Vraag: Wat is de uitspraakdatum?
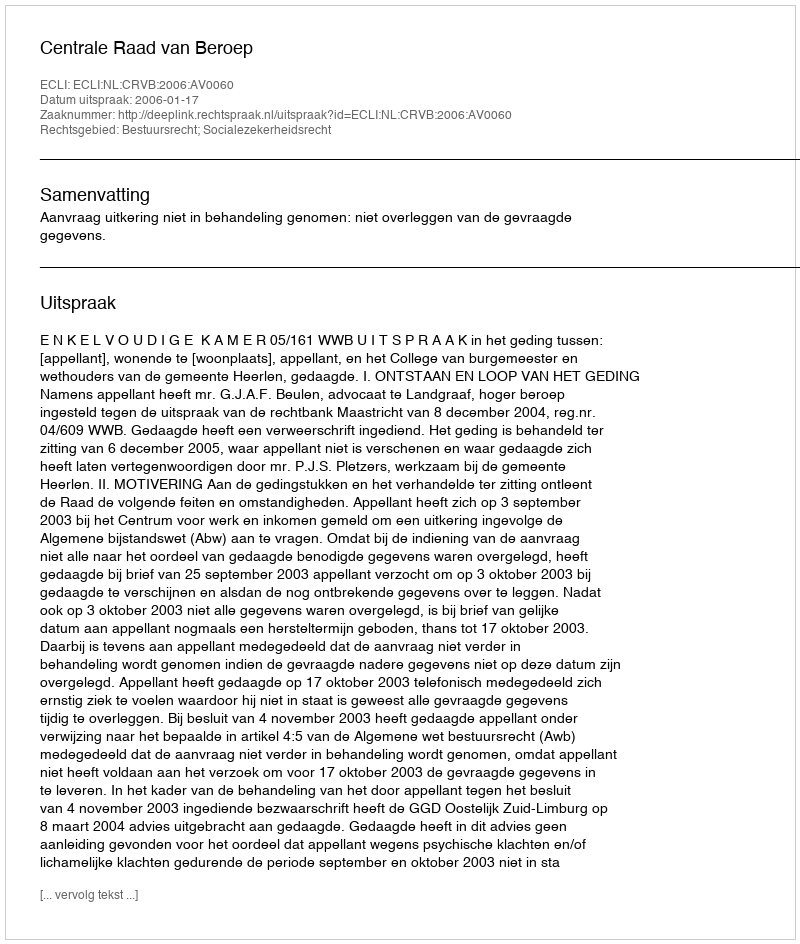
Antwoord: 2006-01-17